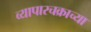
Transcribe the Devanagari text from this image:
व्यापारचक्राच्या